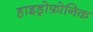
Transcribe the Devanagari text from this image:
हाइड्रोफ़ोनिक